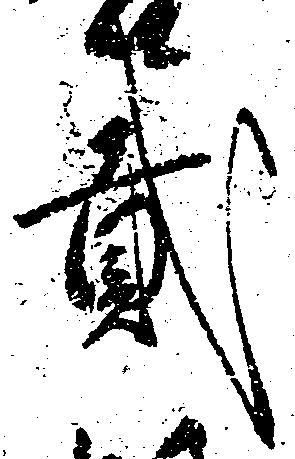
弐